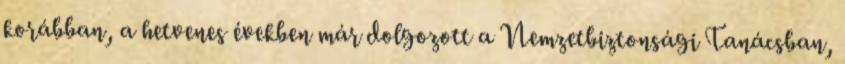
korábban, a hetvenes években már dolgozott a Nemzetbiztonsági Tanácsban,